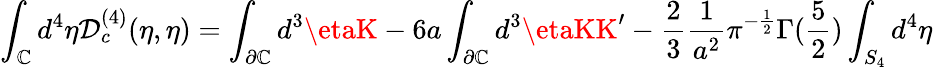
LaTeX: \int_{\mathbb{C}}{d^{4}}{\eta}\mathcal{D}_{c}^{(4)}(\eta,{\eta})=\int_{\partial\mathbb{C}}d^{3}\etaK-6a\int_{\partial\mathbb{C}}d^{3}\etaKK^{\prime}-\frac{{2}}{{3}}\frac{{1}}{{a^{2}}}\pi^{-\frac{{1}}{{2}}}\Gamma(\frac{{5}}{{2}})\int_{S_{4}}d^{4}\eta